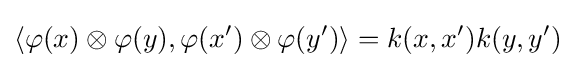
\langle \varphi (x)\otimes \varphi (y),\varphi (x')\otimes \varphi (y')\rangle =k(x,x')k(y,y')